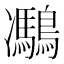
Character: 𪅯